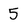
Character: 5